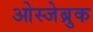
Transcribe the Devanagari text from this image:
ओस्जेब्रुक